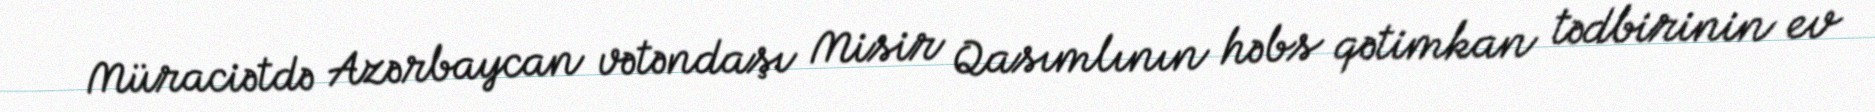
Müraciətdə Azərbaycan vətəndaşı Misir Qasımlının həbs qətimkan tədbirinin ev